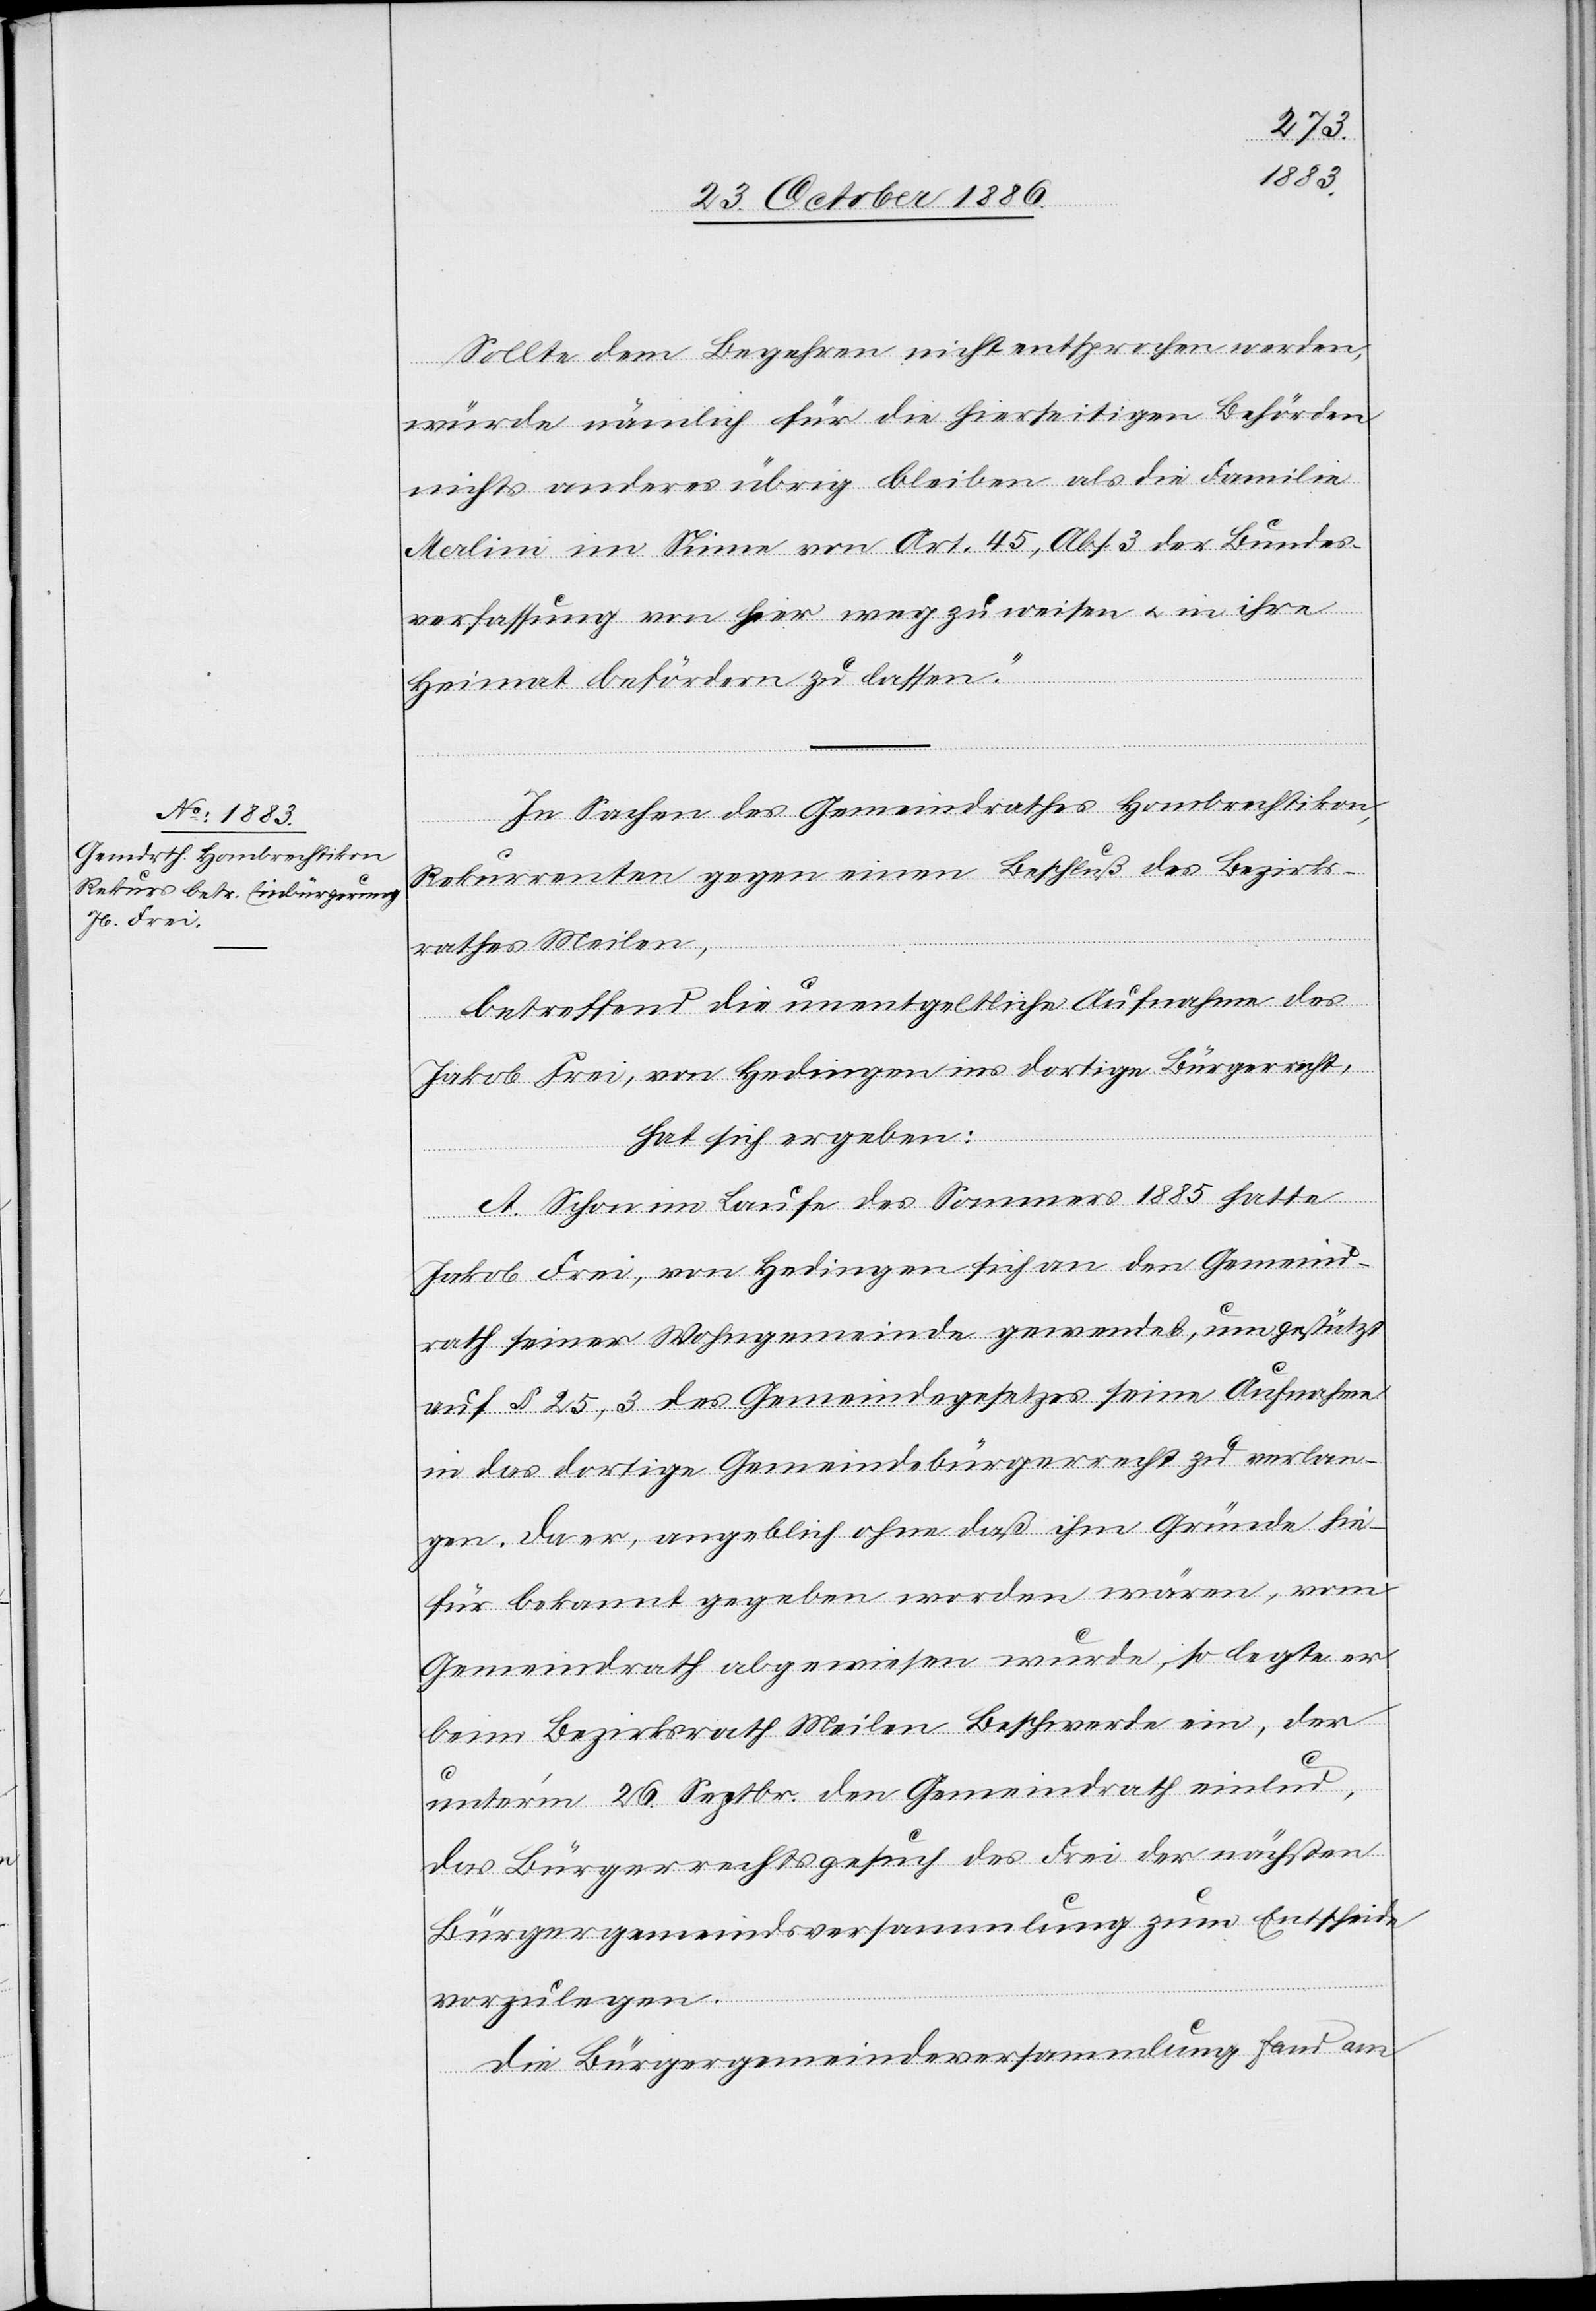
Sollte dem Begehren nicht entsprochen werden,
würde nämlich für die hierseitigen Behörden
nichts anderes übrig bleiben als die Familie
Merlini im Sinne von Art. 45, Abs. 3 der Bundes¬
verfassung von hier weg zu weisen & in ihre
Heimat befördern zu lassen.“
In Sachen des Gemeindrathes Hombrechtikon,
Rekurrenten gegen einen Beschluß des Bezirks¬
rathes Meilen,
betreffend die unentgeltliche Aufnahme des
Jakob Frei, von Hedingen ins dortige Bürgerrecht,
hat sich ergeben:
A. Schon im Laufe des Sommers 1885 hatte
Jakob Frei, von Hedingen sich an den Gemeind¬
rath seiner Wohngemeinde gewendet, um gestützt
auf § 25, 3 des Gemeindegesetzes seine Aufnahme
in das dortige Gemeindebürgerrecht zu verlan¬
gen. Da er, angeblich ohne daß ihm Gründe hie¬
für bekannt gegeben worden wären, vom
Gemeindrath abgewiesen wurde, so legte er
beim Bezirksrath Meilen Beschwerde ein, der
unterm 26. Septbr. den Gemeindrath einlud,
das Bürgerrechtsgesuch des Frei der nächsten
Bürgergemeindsversammlung zum Entscheide
vorzulegen.
Die Bürgergemeindeversammlung fand am